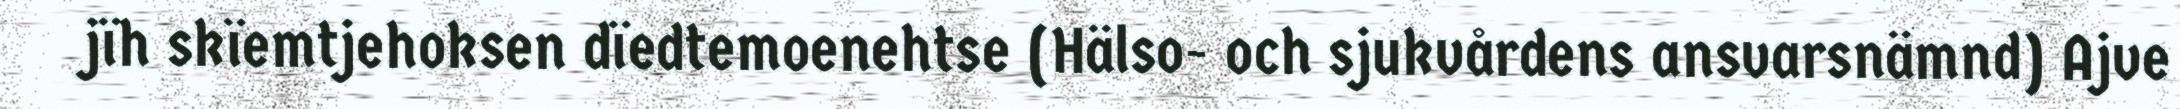
jïh skïemtjehoksen dïedtemoenehtse (Hälso- och sjukvårdens ansvarsnämnd) Ajve